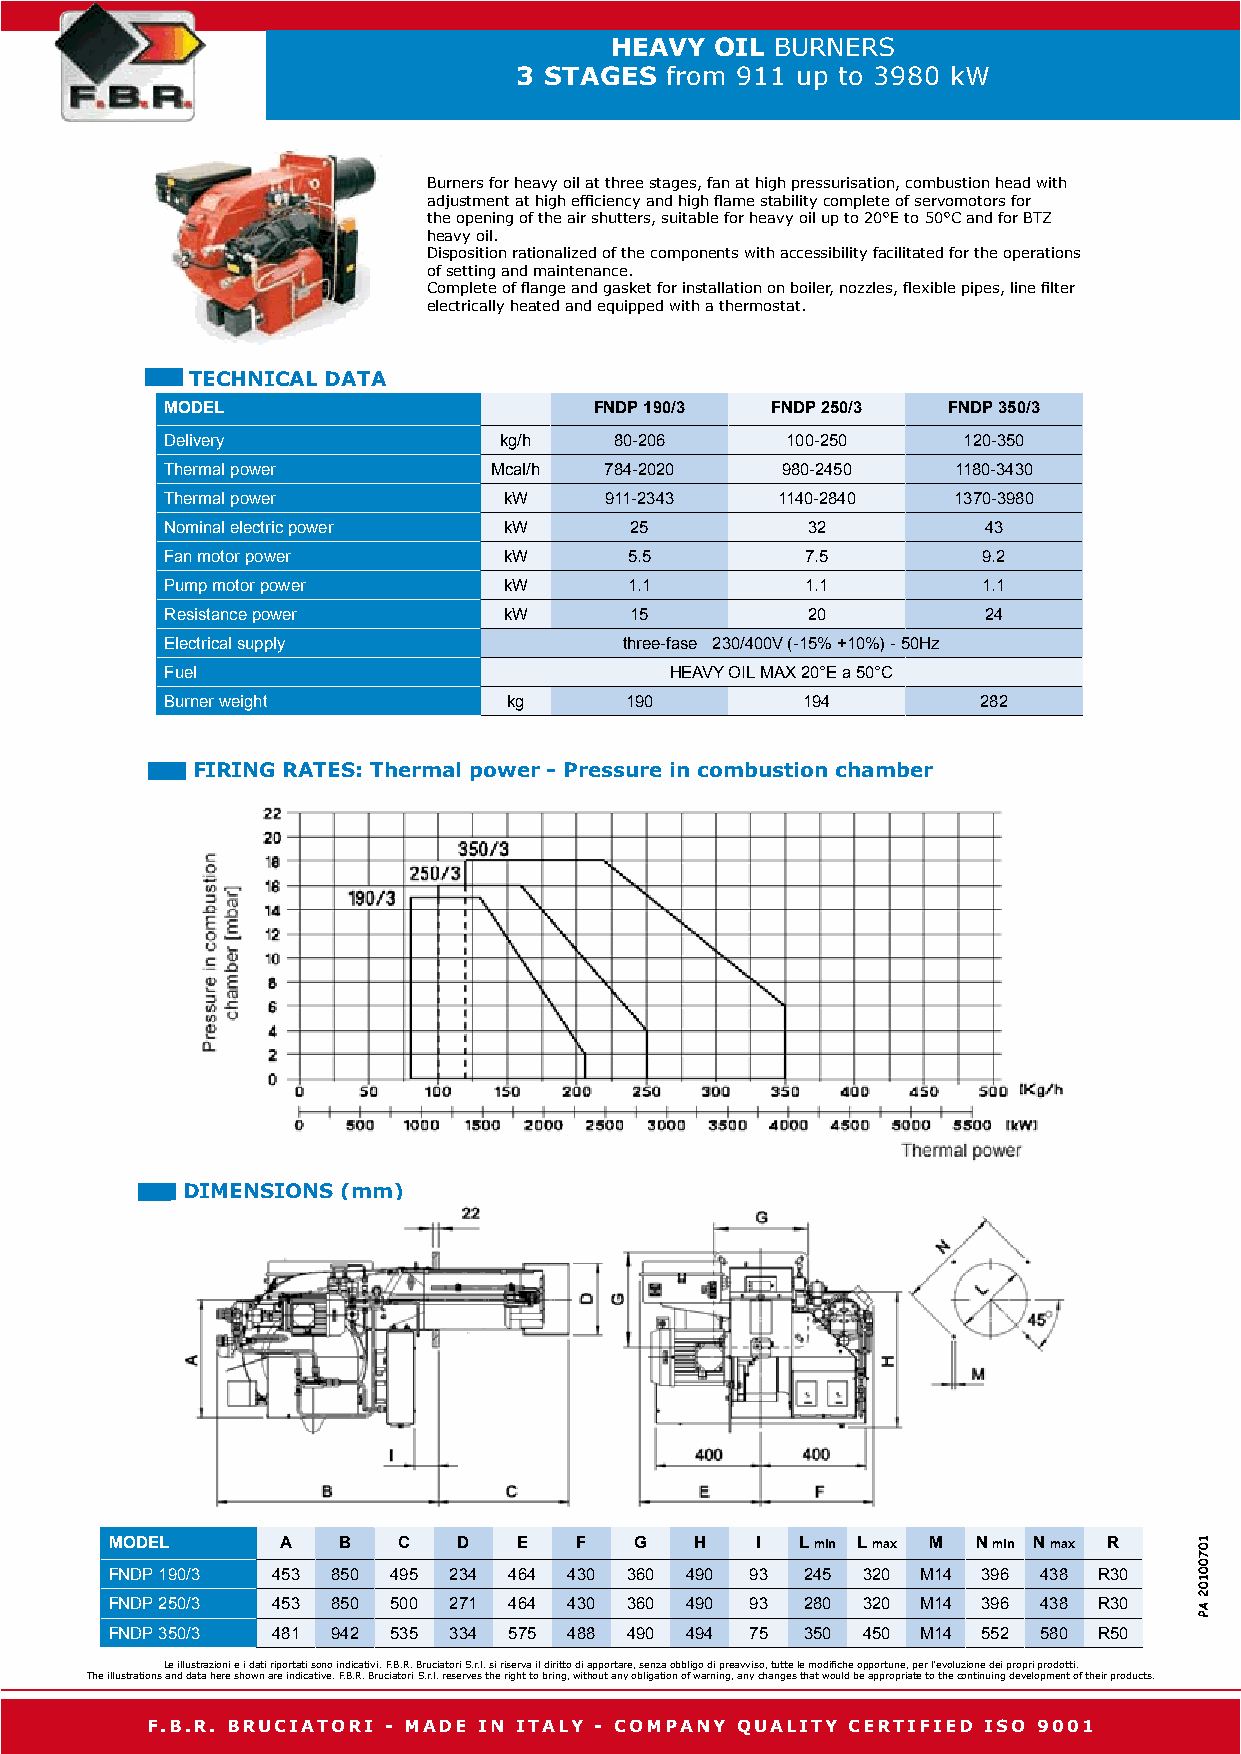
HEAVY  OIL BURNERS
 3 STAGES  from 911 up to 3980 kW
 Burners for heavy oil at three stages, fan at high pressurisation, combustion head with
 adjustment at high efficiency and high flame stability complete of servomotors for
 the opening of the air shutters, suitable for heavy oil up to 20°E to 50°C and for BTZ
 heavy oil.
 Disposition rationalized of the components with accessibility facilitated for the operations
 of setting and maintenance.
 Complete of flange and gasket for installation on boiler, nozzles, flexible pipes, line filter
 electrically heated and equipped with a thermostat.
 TECHNICAL DATA
 MODEL                       FNDP 190/3  FNDP 250/3  FNDP 350/3
 Delivery              kg/h    80-206     100-250     120-350
 Thermal power        Mcal/h  784-2020    980-2450   1180-3430
 Thermal power         kW     911-2343   1140-2840   1370-3980
 Nominal electric power kW      25         32          43
 Fan motor power       kW       5.5        7.5         9.2
 Pump motor power      kW       1.1        1.1         1.1
 Resistance power      kW       15         20          24
 Electrical supply             three-fase 230/400V (-15% +10%) - 50Hz
 Fuel                             HEAVY OIL MAX 20°E a 50°C
 Burner weight          kg     190         194         282
 FIRING RATES: Thermal power - Pressure in combustion chamber
 DIMENSIONS (mm)
 MODEL       A  B   C   D   E   F   G   H   I  L min L max M N min N max R
 FNDP 190/3 453 850 495 234 464 430 360 490 93 245 320 M14 396 438 R30
 FNDP 250/3 453 850 500 271 464 430 360 490 93 280 320 M14 396 438 R30
 FNDP 350/3 481 942 535 334 575 488 490 494 75 350 450 M14 552 580 R50
 Le illustrazioni e i dati riportati sono indicativi. F.B.R. Bruciatori S.r.l. si riserva il diritto di apportare, senza obbligo di preavviso, tutte le modifiche opportune, per l’evoluzione dei propri prodotti.
 The illustrations and data here shown are indicative. F.B.R. Bruciatori S.r.l. reserves the right to bring, without any obligation of warning, any changes that would be appropriate to the continuing development of their products.
 F.B.R. BRUCIATORI - MADE IN ITALY - COMPANY QUALITY CERTIFIED ISO 9001
 10700102
 AP